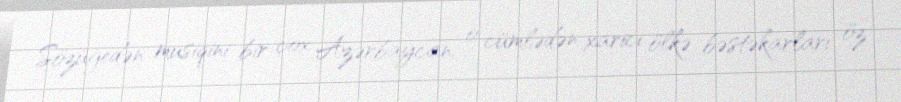
Sözügedən musiqini bir çox Azərbaycan, o cümlədən xarici ölkə bəstəkarları öz